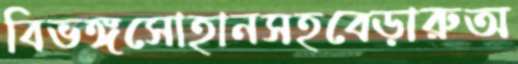
বিভঙ্গসোহানসহবেড়ারুঅ